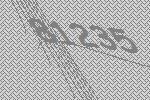
81235